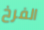
الفرخ